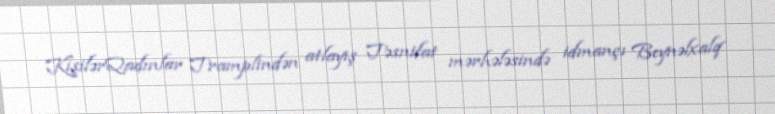
KişilərQadınlar Tramplindən atlayış Təsnifat mərhələsində idmançı Beynəlxalq